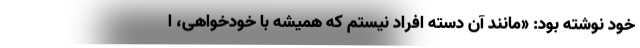
خود نوشته بود: «مانند آن دسته افراد نیستم که همیشه با خودخواهی، ا